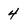
Character: 4